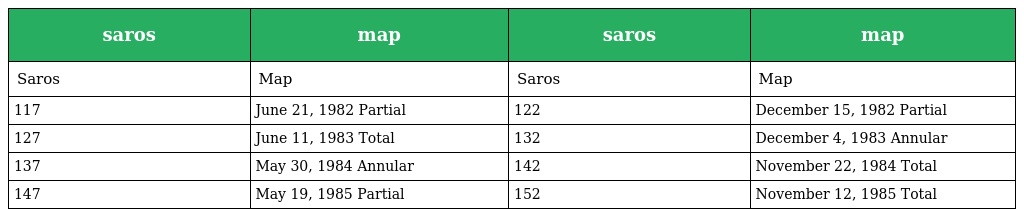
| saros | map | saros | map |
 | --- | --- | --- | --- |
 | Saros | Map | Saros | Map |
 | 117 | June 21, 1982 Partial | 122 | December 15, 1982 Partial |
 | 127 | June 11, 1983 Total | 132 | December 4, 1983 Annular |
 | 137 | May 30, 1984 Annular | 142 | November 22, 1984 Total |
 | 147 | May 19, 1985 Partial | 152 | November 12, 1985 Total |